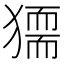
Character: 𤡤